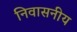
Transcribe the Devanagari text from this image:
निवासनीय